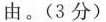
由。(3分)